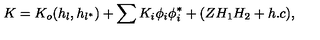
K = K _ { o } ( h _ { l } , h _ { l ^ { * } } ) + \sum K _ { i } \phi _ { i } \phi _ { i } ^ { * } + ( Z H _ { 1 } H _ { 2 } + h . c ) ,